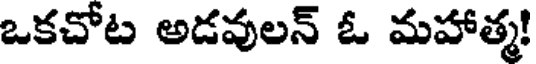
ఒకచోట అడవులన్ ఓ మహాత్మ!